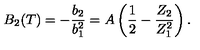
B _ { 2 } ( T ) = - \frac { b _ { 2 } } { b _ { 1 } ^ { 2 } } = A \left( \frac { 1 } { 2 } - \frac { Z _ { 2 } } { Z _ { 1 } ^ { 2 } } \right) .